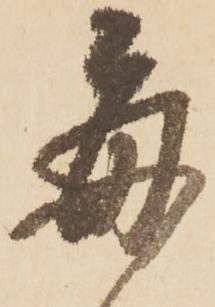
毎